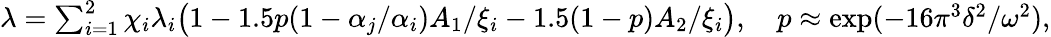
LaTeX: \begin{array}{r}{\lambda=\sum_{i=1}^{2}\chi_{i}\lambda_{i}\big(1-1.5p(1-\alpha_{j}/\alpha_{i})A_{1}/\xi_{i}-1.5(1-p)A_{2}/\xi_{i}\big),\quad p\approx\exp(-16\pi^{3}\delta^{2}/\omega^{2}),}\end{array}